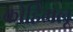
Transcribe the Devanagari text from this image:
कोहिंगलू